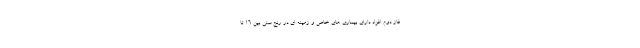
فاز دوم افزاد دارای بیماری های خاص و زمینه ای در رنج سنی بین ۱۶ تا